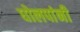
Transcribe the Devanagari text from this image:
घोलपांनी